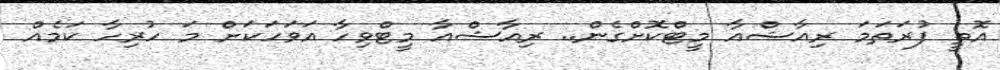
އޮތީ ފުރަތަމަ ރިއާޝްއާ މީޓްކޮށްގެން.. ރިއާޝްއާ މީޓްވިހާ އަވަހަކަށް މަ ހުރިހާ ކަމެއް